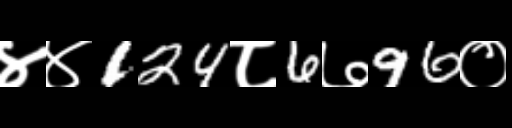
Text: ४४124८6७96०